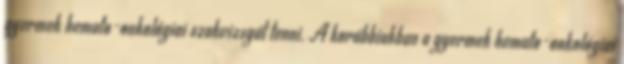
gyermek hemato-onkológiai szakvizsgát tenni. A korábbiakban a gyermek hemato-onkológiai